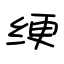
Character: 绠